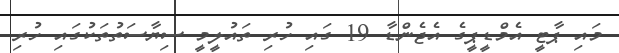
މައި ޕާޓީ އެމްޑީޕީގެ އެޖެންޑާ 19 ގައި ހުރި ތައުލީމީ ސިޔާސަތުތަކުގައި ހުރި